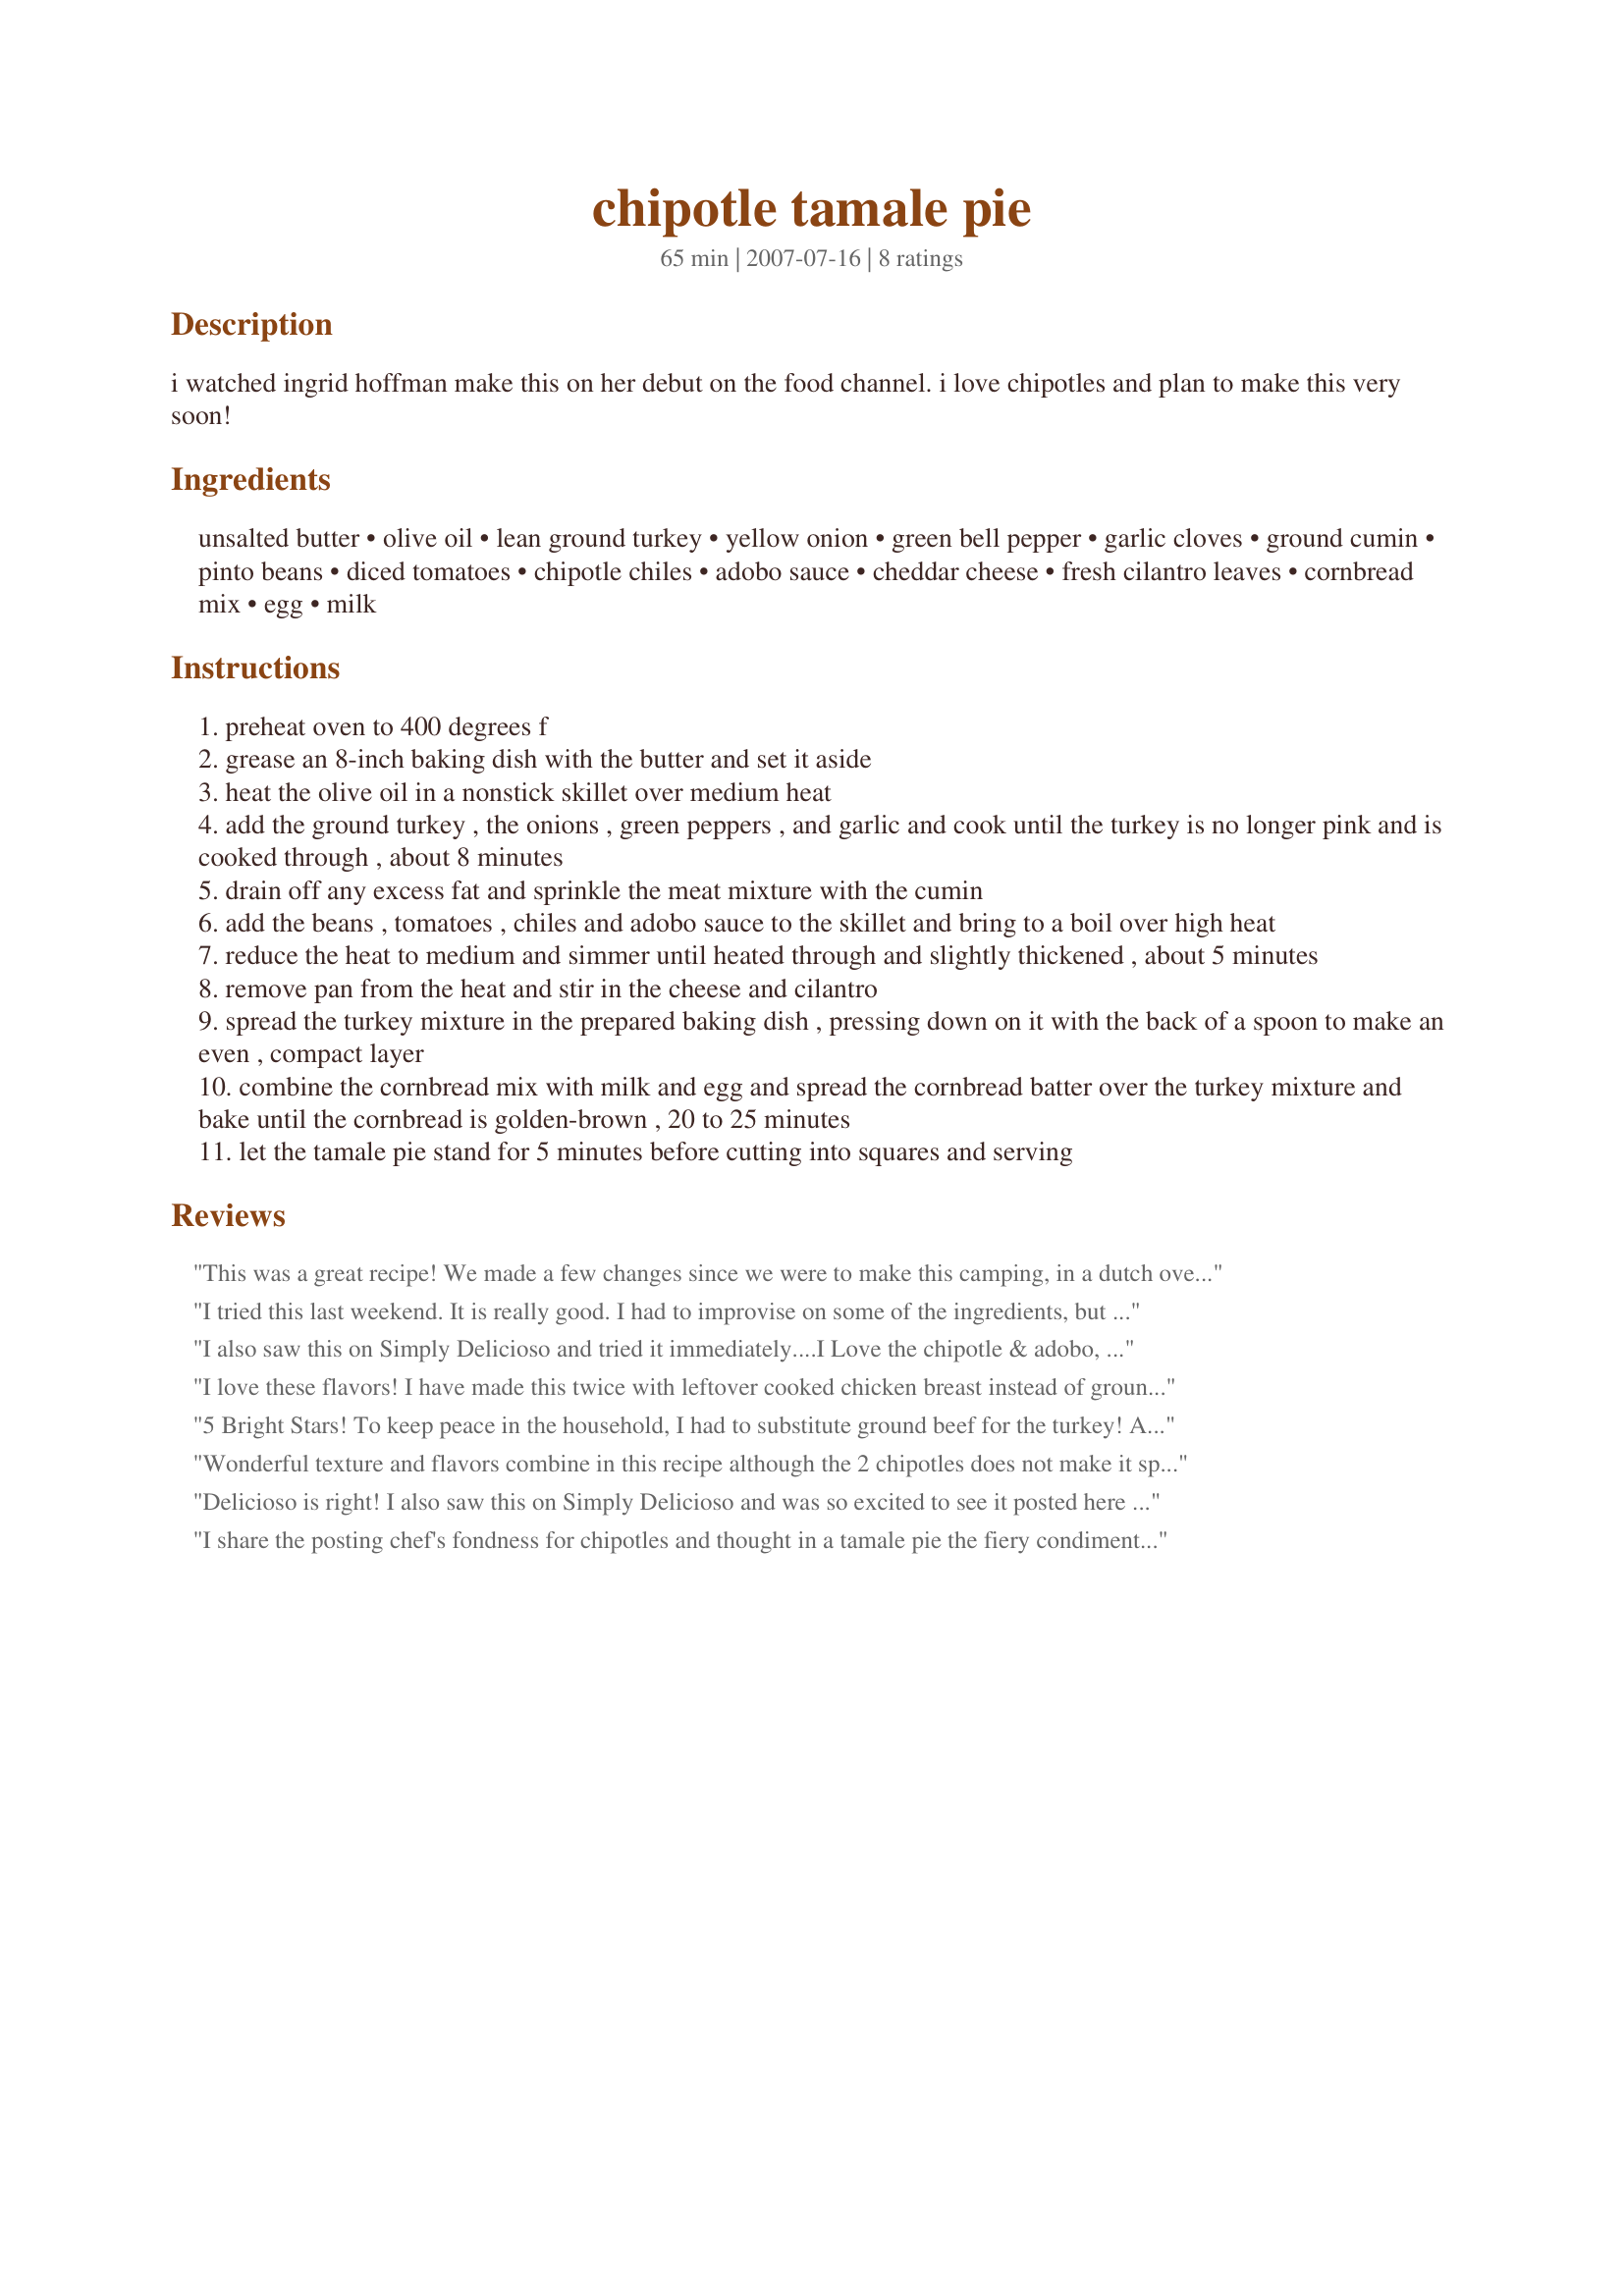
chipotle tamale pie
Preparation time: 65 minutes

i watched ingrid hoffman make this on her debut on the food channel. i love chipotles and plan to make this very soon!

Ingredients:
unsalted butter, olive oil, lean ground turkey, yellow onion, green bell pepper, garlic cloves, ground cumin, pinto beans, diced tomatoes, chipotle chiles, adobo sauce, cheddar cheese, fresh cilantro leaves, cornbread mix, egg, milk

Steps:
preheat oven to 400 degrees f
grease an 8-inch baking dish with the butter and set it aside
heat the olive oil in a nonstick skillet over medium heat
add the ground turkey , the onions , green peppers , and garlic and cook until the turkey is no longer pink and is cooked through , about 8 minutes
drain off any excess fat and sprinkle the meat mixture with the cumin
add the beans , tomatoes , chiles and adobo sauce to the skillet and bring to a boil over high heat
reduce the heat to medium and simmer until heated through and slightly thickened , about 5 minutes
remove pan from the heat and stir in the cheese and cilantro
spread the turkey mixture in the prepared baking dish , pressing down on it with the back of a spoon to make an even , compact layer
combine the cornbread mix with milk and egg and spread the cornbread batter over the turkey mixture and bake until the cornbread is golden-brown , 20 to 25 minutes
let the tamale pie stand for 5 minutes before cutting into squares and serving

Reviews:
This was a great recipe! We made a few changes since we were to make this camping, in a dutch oven over a fire. The flavors were great and the texture was perfect! We'll be making this for years to come.
I tried this last weekend. It is really good. I had to improvise on some of the ingredients, but it was wonderful. Everyone asked for the recipe. I used black beans, added some additional montery jack cheese, beef instead of turkey, crushed coriander because I didn't have cilantro and was completely out of cumin so I couldn't add that. I can't wait to try it as posted, but it was really good dispite my alterations. Thanks for a great one Cookie.
I also saw this on Simply Delicioso and tried it immediately....I Love the chipotle & adobo, I did 2 tsp of the adobo sauce and used "jiffy" brand cornbread mix because it is a sweeter mix and the sweet/savory/kick just melded together !!! Great dish!
I love these flavors! I have made this twice with leftover cooked chicken breast instead of ground turkey. <br/>It is really good as leftovers, too.
5 Bright Stars! To keep peace in the household, I had to substitute ground beef for the turkey! Also added about 3/4 cup of fresh corn to the mixture. Well, there was one other substitution; poblano for the green peppers. Even though my packaged cornbread did not rise (my fault, can't even remember when I purchased) it was WONDERFUL! Thanks for sharing Cookiedog!
Wonderful texture and flavors combine in this recipe although the 2 chipotles does not make it spicy at all. The cheese and beans give the filling a wonderful smoothness and I too used Jiffy cornbread for a "sweet" topping. Subbed lean ground beef, used cooking spray, and left out the g. peppers due to kids' tastes. I almost always have to sub onion powder for onion in every recipe. The taste did not suffer at all. so easy - a keeper!
Delicioso is right! I also saw this on Simply Delicioso and was so excited to see it posted here so soon. Made this over the weekend for a quick & easy dinner that I assembled in the morning and just popped into the oven. The spicy turkey mixture is right on with the sweetness of the cornbread topping.....we all really liked it and will definitely be making again soon. Hooray for cookiedog for posting!
I share the posting chef's fondness for chipotles and thought in a tamale pie the fiery condiment would work supremely well. The dish held up to it's promise and brunch today was a delight. Made a few modifications to suit my lowfat lifestyle, none of which compromised the delightful flavors in the dish. (Indeed the bold flavors here make it a perfect candidate for substitutions.) I omitted both the buttering of the baking dish using cooking spray instead. Also left out the oil used to cook the turkey without issue. Used a reduced fat cheddar and Recipe # 87115 for my cornbread topping. My one comment, not related to the calorie reduction items was that I found the pie filling not quite saucy enough for my tastes so I added some additional tomatoes with chilies and 1 tablespoon of tomato paste and water. That made this just perfect for me. Thanks cookiedog. Made for *Photo Tag*.
